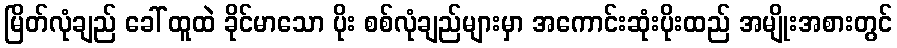
မြိတ်လုံချည် ခေါ် ထူထဲ ခိုင်မာသော ပိုး စစ်လုံချည်များမှာ အကောင်းဆုံးပိုးထည် အမျိုးအစားတွင်